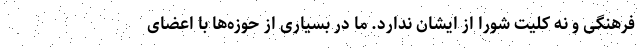
فرهنگی و نه کلیت شورا از ایشان ندارد. ما در بسیاری از حوزه‌ها با اعضای